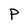
Character: P